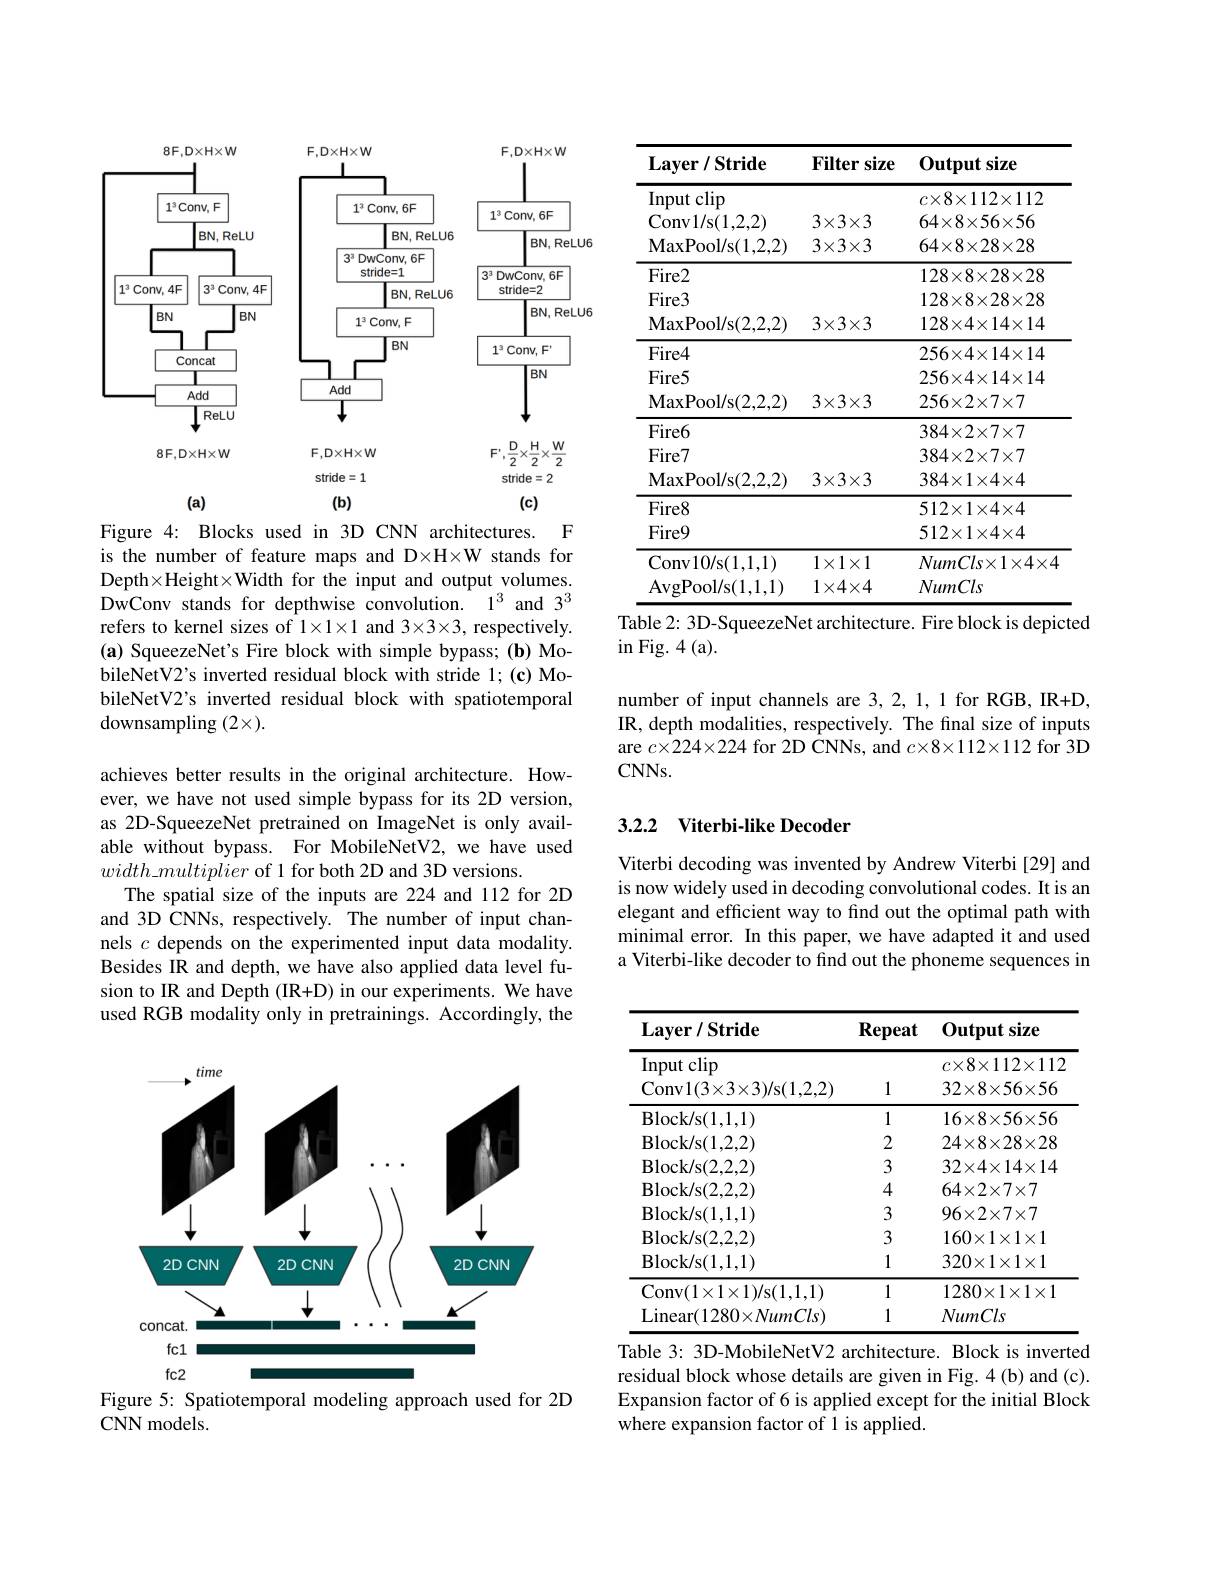
<FigureHere>

Figure 4: Blocks used in 3D CNN architectures. F is the number of feature maps and D×H×W stands for Depth×Height×Width for the input and output volumes. DwConv stands for depthwise convolution. $1^3$ and $3^3$ refers to kernel sizes of $1\times1\times1$ and 3×3×3, respectively. (a) SqueezeNet's Fire block with simple bypass; (b) MobileNetV2's inverted residual block with stride 1; (c) MobileNetV2's inverted residual block with spatiotemporal downsampling $(2\times).$

achieves better results in the original architecture. However, we have not used simple bypass for its 2D version, as 2D-SqueezeNet pretrained on ImageNet is only available without bypass. For MobileNetV2, we have used $width\_multiplier$ of 1 for both 2D and 3D versions.
The spatial size of the inputs are 224 and 112 for 2D and 3D CNNs, respectively. The number of input channels $c$ depends on the experimented input data modality. Besides IR and depth, we have also applied data level fusion to IR and Depth (IR+D) in our experiments. We have used RGB modality only in pretrainings. Accordingly, the

<FigureHere>
Figure 5: Spatiotemporal modeling approach used for 2D

CNN models.

<table>
	<tbody>
		<tr>
			<th>$\textbf{Layer/ Stride}$</th>
			<th>Filter size</th>
			<th>Outputsize</th>
		</tr>
		<tr>
			<td>$\operatorname{Input}$clip</td>
			<td> </td>
			<td>$c\times8\times112\times112$</td>
		</tr>
		<tr>
			<td>Conv1/ s( 1, 2, 2) </td>
			<td>$3\times3\times3$</td>
			<td>$64\times8\times56\times56$</td>
		</tr>
		<tr>
			<td>MaxPool/ s( 1, 2, 2) </td>
			<td>$3\times3\times3$</td>
			<td>$64\times8\times28\times28$</td>
		</tr>
		<tr>
			<td>$Fire2$</td>
			<td> </td>
			<td>$128\times8\times28\times28$</td>
		</tr>
		<tr>
			<td>$Fire3$</td>
			<td> </td>
			<td>$128\times8\times28\times28$</td>
		</tr>
		<tr>
			<td>MaxPool/ s( 2, 2, 2) </td>
			<td>$3\times3\times3$</td>
			<td>$128\times4\times14\times14$</td>
		</tr>
		<tr>
			<td>$Fire4$</td>
			<td> </td>
			<td>$256\times4\times14\times14$</td>
		</tr>
		<tr>
			<td>$Fire5$</td>
			<td> </td>
			<td>$256\times4\times14\times14$</td>
		</tr>
		<tr>
			<td>MaxPool/ s( 2, 2, 2) </td>
			<td>$3\times3\times3$</td>
			<td>$256\times2\times7\times7$</td>
		</tr>
		<tr>
			<td>$Fire6$</td>
			<td> </td>
			<td>$384\times2\times7\times7$</td>
		</tr>
		<tr>
			<td>$Fire7$</td>
			<td> </td>
			<td>$384\times2\times7\times7$</td>
		</tr>
		<tr>
			<td>MaxPool/ s( 2, 2, 2) </td>
			<td>$3\times3\times3$</td>
			<td>$384\times1\times4\times4$</td>
		</tr>
		<tr>
			<td>$Fire8$</td>
			<td> </td>
			<td>$512\times1\times4\times4$</td>
		</tr>
		<tr>
			<td>$Fire9$</td>
			<td> </td>
			<td>$512\times1\times4\times4$</td>
		</tr>
		<tr>
			<td>Conv10/ s( 1, 1, 1) </td>
			<td>$1\times1\times1$</td>
			<td>$NumCls\times1\times4\times4$</td>
		</tr>
		<tr>
			<td>AvgPool/ s( 1, 1, 1) </td>
			<td>$1\times4\times4$</td>
			<td>NumCls</td>
		</tr>
	</tbody>
</table>
Table 2: 3D-SqueezeNet architecture. Fire block is depicted

in Fig. 4 ( a) .

number of input channels are 3,2, 1, 1 for RGB, IR+D, IR, depth modalities, respectively. The final size of inputs are $c\times224\times224$ for 2D CNNs, and $c\times8\times112\times112$ for 3D $CNNs.$

## 3.2.2 Viterbi-like Decoder

Viterbi decoding was invented by Andrew Viterbi [29] and is now widely used in decoding convolutional codes. It is an elegant and efficient way to find out the optimal path with minimal error. In this paper, we have adapted it and used a Viterbi-like decoder to find out the phoneme sequences in

<table>
	<tbody>
		<tr>
			<td>$\textbf{Layer/ Stride}$ $\operatorname{Input}$clip Conv1$( 3\times 3\times 3) /$s(1,2,2)</td>
			<td>Repeat 1</td>
			<td>$\textbf{Output size}$ $c\times8\times112\times112$ $32\times8\times56\times56$</td>
		</tr>
		<tr>
			<th>$\textbf{Layer/ Stride}$</th>
			<th>Repeat</th>
			<th>$\mathbf{Output}$ tsize</th>
		</tr>
		<tr>
			<td>Input clip Conv1( 3$\times$3$\times$3) / s( 1, 2, 2) </td>
			<td>1</td>
			<td>$c\times8\times112\times112$ $32\times8\times56\times56$</td>
		</tr>
		<tr>
			<td>Block/ s( 1, 1, 1) </td>
			<td>1</td>
			<td>$16\times8\times56\times56$</td>
		</tr>
		<tr>
			<td>Block/ s( 1, 2, 2) </td>
			<td>2</td>
			<td>$24\times8\times28\times28$</td>
		</tr>
		<tr>
			<td>Block/ s( 2, 2, 2) </td>
			<td>3</td>
			<td>$32\times4\times14\times14$</td>
		</tr>
		<tr>
			<td>Block/ s( 2, 2, 2) </td>
			<td>4</td>
			<td>$64\times2\times7\times7$</td>
		</tr>
		<tr>
			<td>Block/ s( 1, 1, 1) </td>
			<td>3</td>
			<td>$96\times2\times7\times7$</td>
		</tr>
		<tr>
			<td>Block/ s( 2, 2, 2) </td>
			<td>3</td>
			<td>$160\times1\times1\times1$</td>
		</tr>
		<tr>
			<td>Block/ s( 1, 1, 1) </td>
			<td>1</td>
			<td>$320\times1\times1\times1$</td>
		</tr>
		<tr>
			<td>Conv$( 1\times 1\times 1) /$s(1,1,1)</td>
			<td>1</td>
			<td>$1280\times1\times1\times1$</td>
		</tr>
		<tr>
			<td>Linear$( 1280\times NumCls)$</td>
			<td>1</td>
			<td>NumCls</td>
		</tr>
	</tbody>
</table>
Table 3: 3D-MobileNetV2 architecture. Block is inverted

residual block whose details are given in Fig. 4 (b) and (c). Expansion factor of 6 is applied except for the initial Block where expansion factor of 1 is applied